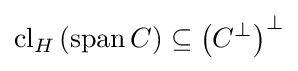
\operatorname {cl} _{H}\left(\operatorname {span} C\right)\subseteq \left(C^{\bot }\right)^{\bot }